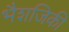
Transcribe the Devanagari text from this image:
भैशजिकी